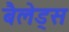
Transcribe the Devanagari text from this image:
बैलेड्स